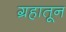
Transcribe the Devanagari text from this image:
ग्रहातून